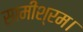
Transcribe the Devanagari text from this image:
सामीश्रम।